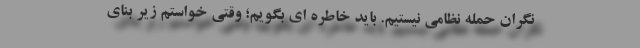
نگران حمله نظامی نیستیم. باید خاطره ای بگویم؛ وقتی خواستم زیر بنای